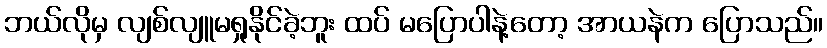
ဘယ်လိုမှ လျစ်လျူမရှုနိုင်ခဲ့ဘူး ထပ် မပြောပါနဲ့တော့ အာယနဲက ပြောသည်။